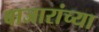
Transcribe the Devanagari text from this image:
बाजारांच्या